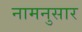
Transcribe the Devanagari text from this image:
नामनुसार